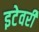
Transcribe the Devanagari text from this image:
इटेवरीं